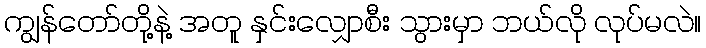
ကျွန်တော်တို့နဲ့ အတူ နှင်းလျှောစီး သွားမှာ ဘယ်လို လုပ်မလဲ။